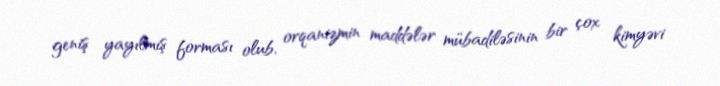
geniş yayılmış forması olub, orqanizmin maddələr mübadiləsinin bir çox kimyəvi